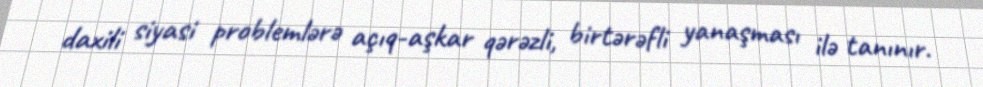
daxili siyasi problemlərə açıq-aşkar qərəzli, birtərəfli yanaşması ilə tanınır.